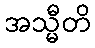
အသ္မီတိ